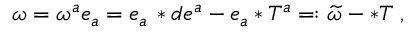
\omega = \omega ^ { a } e _ { a } = e _ { a } \, \ast d e ^ { a } - e _ { a } \ast T ^ { a } = : \widetilde { \omega } - \ast T \; ,